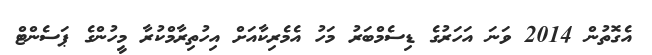
އެގޮތުން 2014 ވަނަ އަހަރުގެ ޑިސެމްބަރު މަހު އެމެރިކާއަށް އިހުތިރާމްކުރާ މީހުންގެ ޕަސެންޓް